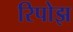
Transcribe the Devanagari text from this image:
रिपोझ